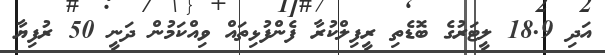
އަދި 18.9 ލީޓަރުގެ ބޮޑެތި ރީފިލްކުރާ ފެންފުޅިތައް ވިއްކަމުން ދަނީ 50 ރުފިޔާ